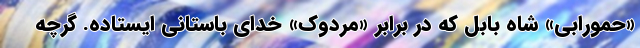
«حمورابی» شاه بابِل که در برابر «مردوک» خدای باستانی ایستاده. گرچه